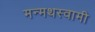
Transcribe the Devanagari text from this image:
मन्मथस्वामी